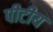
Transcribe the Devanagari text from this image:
पीटीय